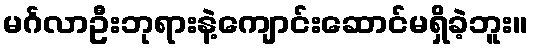
မင်္ဂလာဦးဘုရားနဲ့ကျောင်းဆောင်မရှိခဲ့ဘူး။